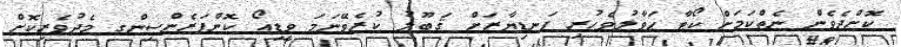
ކޮށްދެވެން ނެތްކަމަށް ކޯޓާ ޙަވާލުވެހުރި ފަނޑިޔާރަށް ޤަބޫލު ކުރެވޭނަމަ ވީޑިއޯ ކޮންފަރެންސިންގ މެދުވެރިކޮށް